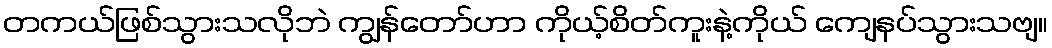
တကယ်ဖြစ်သွားသလိုဘဲ ကျွန်တော်ဟာ ကိုယ့်စိတ်ကူးနဲ့ကိုယ် ကျေနပ်သွားသဗျ။